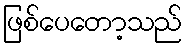
ဖြစ်ပေတော့သည်